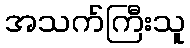
အသက်ကြီးသူ